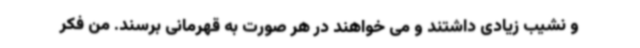
و نشیب زیادی داشتند و می خواهند در هر صورت به قهرمانی برسند. من فکر